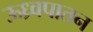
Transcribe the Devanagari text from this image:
ऊध्र्वपातन